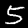
Digit: 5